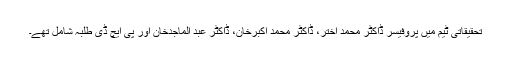
تحقیقاتی ٹیم میں پروفیسر ڈاکٹر محمد اختر، ڈاکٹر محمد اکبرخان، ڈاکٹر عبد الماجدخان اور پی ایچ ڈی طلبہ شامل تھے۔